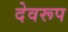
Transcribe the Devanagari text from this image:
देवरूप